Lunatic asylums in Bengal annual reports 1888-1898 - 1888-1898
Year: 1888
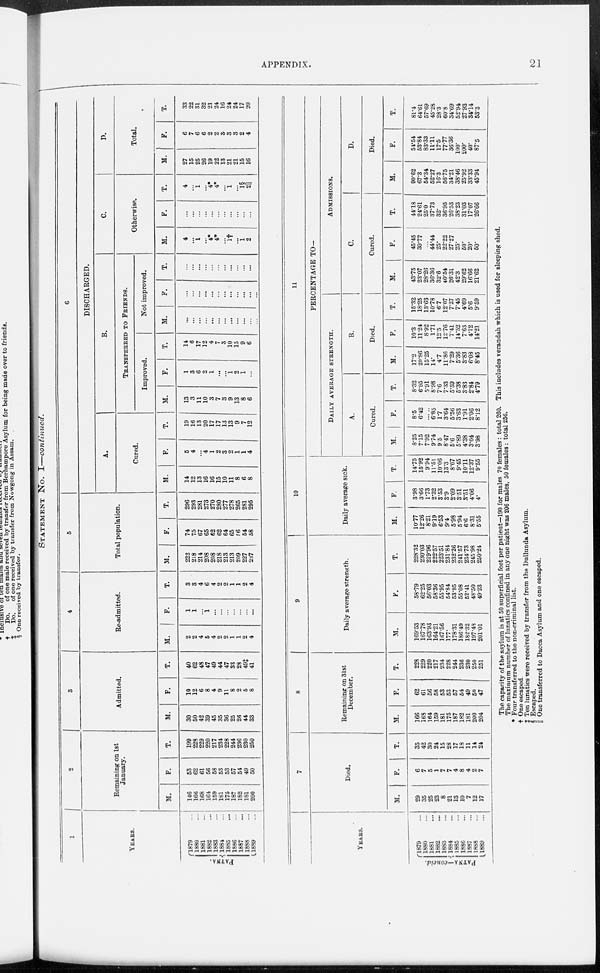
APPENDIX.
21
STATEMENT
NO. I—continued.
1
YEARS.
PATNA.
1879 ...
1880 ...
1881 ...
1882 ...
1883 ...
1884 ...
1885 ...
1886 ...
1887 ...
1888 ...
1889
...
2
Remaining on 1st
January.
M.
146
166
168
164
159
181
175
187
182
181
200
F.
53
62
61
56
58
53
53
57
54
49
50
T.
199
228
229
220
217
234
228
244
236
230
250
3
Admitted.
M.
30
50
42
39
45
35
36
25
26
44
33
F.
10
12
6
8
4
9
11
8
2
5
8
T.
40
62
48
47
49
44
47
33
28
49‡
41
4
Re-admitted.
M.
2
2
4
5
4
2
2
1
1
2
4
F.
1
1
...
1
...
...
...
...
...
...
...
T.
3
3
4
6
4
2
2
1
1
2
4
5
Total population.
M.
222
218
214
208
208
218
213
213
209
227
237
F.
74
75
67
65
62
62
64
65
56
54
58
T.
296
293
281
273
270
280
277
278
265
281
295
6
DISCHARGED.
A.
Cured.
M.
14
12
13
16
16
15
10
11
8
6
8
F.
5
4
...
4
1
2
3
2
1
1
4
T.
19
16
13
20
17
17
13
13
9
7
12
B.
TRANSFERED
TO
FRIENDS.
Improved.
M.
13
3
11
10
3
7
3
9
13
8
6
F.
1
3
6
2
1
...
...
1
2
1
...
T.
14
6
17
12
4
7
3
10
15
9
6
Not improved.
M.
...
...
...
...
...
...
...
...
...
...
...
F.
...
...
...
...
...
...
...
...
...
...
...
T.
...
...
...
...
...
...
...
...
...
...
...
C.
Otherwise.
M.
4
...
1
...
4*
4*
. ..
1†
...
1
2
F.
...
...
...
...
...
...
...
...
...
...
...
T.
4
...
1
...
4*
4*
...
1
...
1§
2||
D.
Total.
M.
27
15
25
26
19
22
13
21
21
15
16
F.
6
7
6
6
2
2
3
3
3
2
4
T.
33
22
31
32
21
24
16
24
24
17
20
YEARS.
PATANA–concld.
1879 ...
1880 ...
1881 ...
1882 ...
1883 ...
1884 ...
1885 ...
1886 ...
1887 ...
1888 ...
1889 ...
7
Died.
M.
29
35
25
23
8
21
13
10
7
12
17
F.
6
7
5
1
7
7
4
8
4
2
7
T.
35
42
30
24
15
28
17
18
11
14
24
8
Remaining on 31st
December.
M.
166
168
164
159
181
175
187
182
181
200
204
F.
62
61
56
58
53
53
57
54
49
50
47
T.
228
229
220
217
234
228
244
236
230
250
251
9
Daily average strength.
M.
169.53
167.78
163.93
164.21
167.56
177.
178.31
186 49
182.32
197.48
201.01
F.
58.79
62.25
56.03
58.36
55.95
54.84
53.95
55.08
52.41
48.50
49.23
T.
228.32
230.03
219.96
222.57
223.51
231.84
232.26
241.57
234.73
245.98
250.24
10
Daily average sick.
M.
10.77
12.26
8.21
9.19
6.53
9.4
5.98
5.94
6.6
8.31
5.55
F.
3.98
3.66
1.73
2.32
3.53
3.9
2.09
3.51
3.51
4.06
4.
T.
14.75
15.92
9.94
11.51
10.06
13.3
8.07
9.45
10.11
12.37
9.55
11
PERCENTAGE T O .
DAILY
AVERAGE
STRENGTH
A.
Cured.
M.
8.25
7.15
7.92
9.74
9.5
8 47
5.6
5.89
4.38
3.04
3.98
F.
8.5
6.42
6.85
1.7
3.64
5.56
3.63
1.91
2.06
8.12
T.
8.32
6.95
5.91
8.98
7.6
7.33
5.59
5.38
3.83
2.84
4.79
B.
Died.
M.
17.2
20.86
15.25
14.
4.7
11.86
7.29
5.36
3.83
6.08
8.45
F.
10.3
11.24
8.92
1.71
12.5
12.76
7.41
14.52
7.63
4.12
14.21
T.
15.32
18.25
13.63
10.78
6.7
12.07
7.27
7.45
4.69
5.6
9.59
ADMISSIONS.
C.
Cured.
M.
43.75
23.07
28.26
36.36
32.6
40.54
26.31
42.3
29.62
16.66
21.62
F.
45.45
30.77
...
44.44
25.
22.22
27.27
25.
50.
20.
50.
T.
44.18
24.61
25.0
37.73
32.
36.95
26.58
38.23
31.03
17.07
26.66
D.
Died.
M.
90.62
67.3
54.34
52.27
16.3
56.75
34.21
38.46
25.92
33.33
45.94
F.
54.54
53.84
83.33
11.11
17.5
77.77
36.36
100.
200.
40.
87.5
T.
81.4
64.61
57.69
45.28
28.3
60.8
34.69
52.94
27.93
34.14
53.3
The capacity of the asylum is at 50 superficial feet per patient—190 for males 70 females: total 260. This includes verandah which is used for sleeping shed.
The maximum number of lunatics confined in any one night was 206 males, 50 females: total 256.
* Four transferred to the non-criminal list.
† One escaped.
‡ Ten lunatics were received by transfer from the Dullunda Asylum.
§ Escaped.
|| One transferred to Dacca Asylum and one escaped.